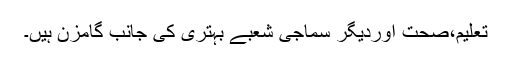
تعلیم،صحت اوردیگر سماجی شعبے بہتری کی جانب گامزن ہیں۔